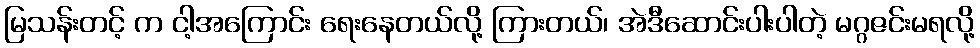
မြသန်းတင့် က ငါ့အကြောင်း ရေးနေတယ်လို့ ကြားတယ်၊ အဲဒီဆောင်းပါးပါတဲ့ မဂ္ဂဇင်းမရလို့